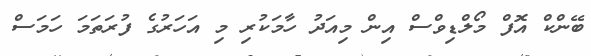
ބޭންކް އޮފް މޯލްޑިވްސް އިން މިއަދު ހާމަކުރި މި އަހަރުގެ ފުރަތަމަ ހަމަސް